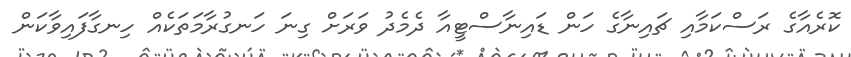
ކޮރެއާގެ ރަސްކަމާއި ޗައިނާގެ ހަން ޑައިނާސްޓީއާ ދެމެދު ވަރަށް ގިނަ ހަނގުރާމަތަކެއް ހިނގާފައިވާކަން